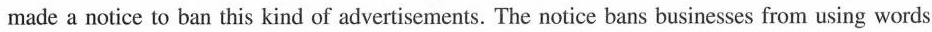
made a notice to ban this kind of advertisements. The notice bans businesses from using words